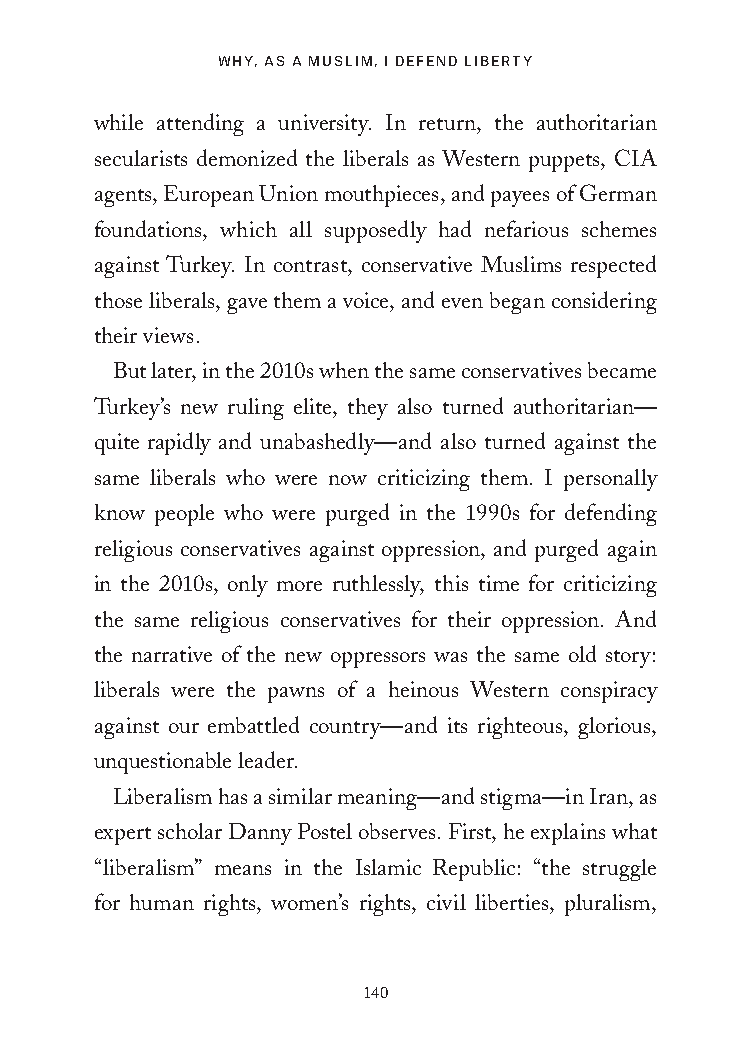
WHY, AS A MUSLIM, I DEFEND LIBERTY
 while attending a university. In return, the authoritarian
 secularists demonized the liberals as Western puppets, CIA
 agents, European Union mouthpieces, and payees of German
 foundations, which all supposedly had nefarious schemes
 against Turkey. In contrast, conservative Muslims respected
 those liberals, gave them a voice, and even began considering
 their views.
 But later, in the 2010s when the same conservatives became
 Turkey’s new ruling elite, they also turned authoritarian—
 quite rapidly and unabashedly—and also turned against the
 same liberals who were now criticizing them. I personally
 know people who were purged in the 1990s for defending
 religious conservatives against oppression, and purged again
 in the 2010s, only more ruthlessly, this time for criticizing
 the same religious conservatives for their oppression. And
 the narrative of the new oppressors was the same old story:
 liberals were the pawns of a heinous Western conspiracy
 against our embattled country—and its righteous, glorious,
 unquestionable leader.
 Liberalism has a similar meaning—and stigma—in Iran, as
 expert scholar Danny Postel observes. First, he explains what
 “liberalism” means in the Islamic Republic: “the struggle
 for human rights, women’s rights, civil liberties, pluralism,
 140
 25320_Ch08.indd 140                     24/06/2021 9:36 AM